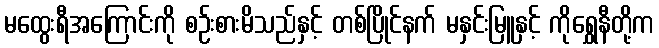
မထွေးရီအကြောင်းကို စဉ်းစားမိသည်နှင့် တစ်ပြိုင်နက် မနှင်းမြူနှင့် ကိုရွှေနီတို့က